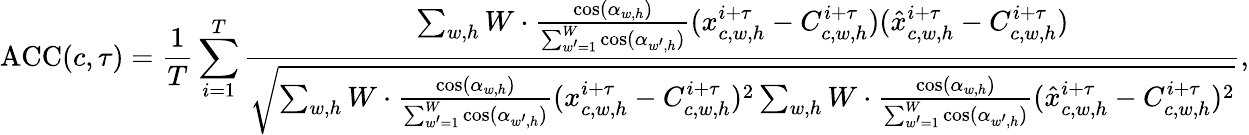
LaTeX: \operatorname{ACC}(c,\tau)=\frac{1}{T}\sum_{i=1}^{T}\frac{\sum_{w,h}W\cdot\frac{\cos(\alpha_{w,h})}{\sum_{w^{\prime}=1}^{W}\cos(\alpha_{w^{\prime},h})}(x_{c,w,h}^{i+\tau}-C_{c,w,h}^{i+\tau})(\hat{x}_{c,w,h}^{i+\tau}-C_{c,w,h}^{i+\tau})}{\sqrt{\sum_{w,h}W\cdot\frac{\cos(\alpha_{w,h})}{\sum_{w^{\prime}=1}^{W}\cos(\alpha_{w^{\prime},h})}(x_{c,w,h}^{i+\tau}-C_{c,w,h}^{i+\tau})^{2}\sum_{w,h}W\cdot\frac{\cos(\alpha_{w,h})}{\sum_{w^{\prime}=1}^{W}\cos(\alpha_{w^{\prime},h})}(\hat{x}_{c,w,h}^{i+\tau}-C_{c,w,h}^{i+\tau})^{2}}},